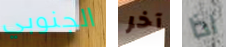
الجنوبي آخر اذا